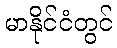
မာနိုင်ငံတွင်